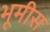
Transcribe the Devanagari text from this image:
भूमीस